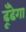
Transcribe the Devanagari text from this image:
ढूँढेगा